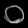
Digit: ၀